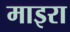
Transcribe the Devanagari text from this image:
माइरा